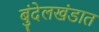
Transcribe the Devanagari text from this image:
बुंदेलखंडात